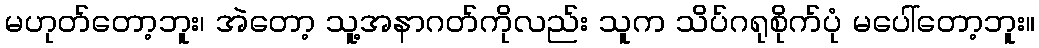
မဟုတ်တော့ဘူး၊ အဲတော့ သူ့အနာဂတ်ကိုလည်း သူက သိပ်ဂရုစိုက်ပုံ မပေါ်တော့ဘူး။